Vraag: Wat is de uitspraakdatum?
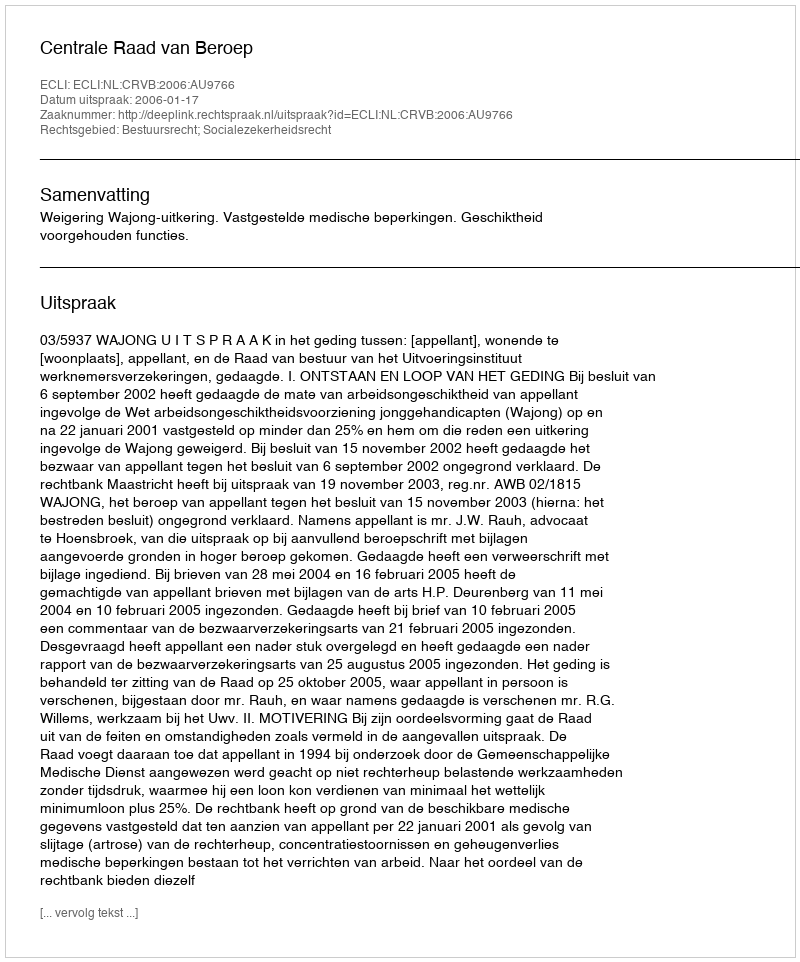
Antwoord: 2006-01-17